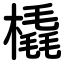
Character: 橇